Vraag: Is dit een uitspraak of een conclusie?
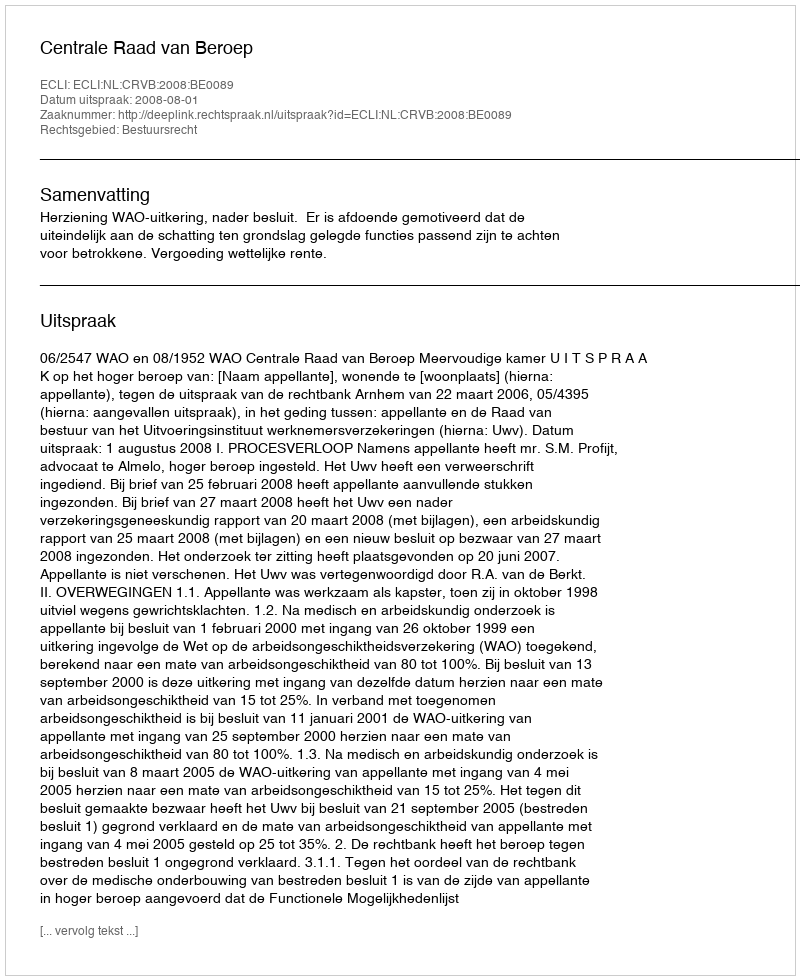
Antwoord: Uitspraak